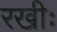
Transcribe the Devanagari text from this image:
रखीः